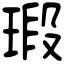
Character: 瑖